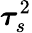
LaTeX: \boldsymbol{\tau}_{s}^{2}